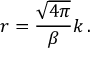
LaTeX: r = \frac { \sqrt { 4 \pi } } { \beta } k \, .